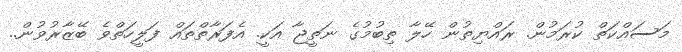
މަސައްކަތް ކުރަމުން. ރައްޔިތުން ހޭލާ ތިބުމުގެ ނަތީޖާ އަކީ. އެފަރާތްތައް ފަލީހަތްވެ ބޭޒާރުވުން..